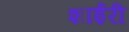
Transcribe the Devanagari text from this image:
शाईरी